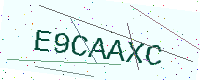
Text: E9CAAXC